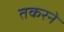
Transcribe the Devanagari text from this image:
तकरने